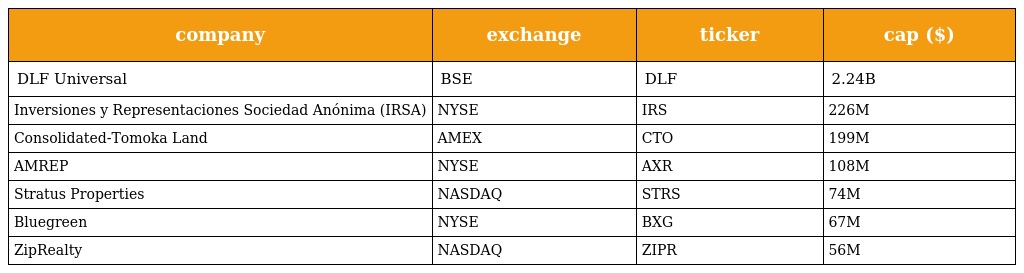
| company | exchange | ticker | cap ($) |
 | --- | --- | --- | --- |
 | DLF Universal | BSE | DLF | 2.24B |
 | Inversiones y Representaciones Sociedad Anónima (IRSA) | NYSE | IRS | 226M |
 | Consolidated-Tomoka Land | AMEX | CTO | 199M |
 | AMREP | NYSE | AXR | 108M |
 | Stratus Properties | NASDAQ | STRS | 74M |
 | Bluegreen | NYSE | BXG | 67M |
 | ZipRealty | NASDAQ | ZIPR | 56M |